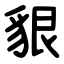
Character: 貇